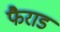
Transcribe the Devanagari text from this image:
फैराड